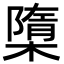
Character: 㯐